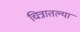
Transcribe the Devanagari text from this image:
चित्रातल्या